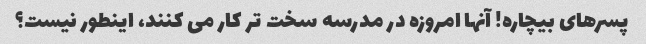
پسرهای بیچاره! آنها امروزه در مدرسه سخت تر کار می کنند، اینطور نیست؟